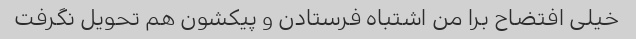
خیلی افتضاح برا من اشتباه فرستادن و پیکشون هم تحویل نگرفت